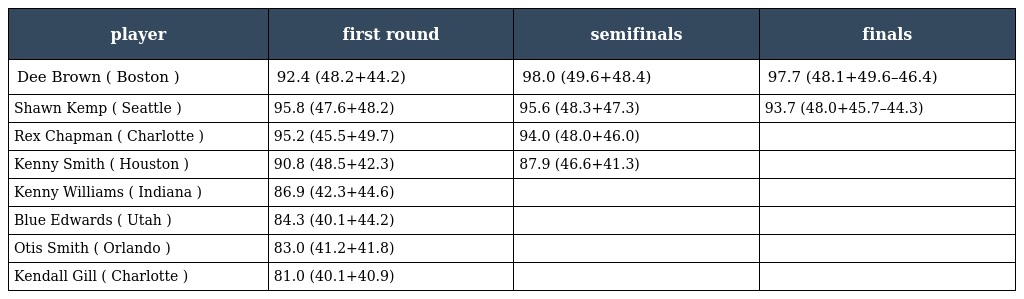
| player | first round | semifinals | finals |
 | --- | --- | --- | --- |
 | Dee Brown ( Boston ) | 92.4 (48.2+44.2) | 98.0 (49.6+48.4) | 97.7 (48.1+49.6–46.4) |
 | Shawn Kemp ( Seattle ) | 95.8 (47.6+48.2) | 95.6 (48.3+47.3) | 93.7 (48.0+45.7–44.3) |
 | Rex Chapman ( Charlotte ) | 95.2 (45.5+49.7) | 94.0 (48.0+46.0) |  |
 | Kenny Smith ( Houston ) | 90.8 (48.5+42.3) | 87.9 (46.6+41.3) |  |
 | Kenny Williams ( Indiana ) | 86.9 (42.3+44.6) |  |  |
 | Blue Edwards ( Utah ) | 84.3 (40.1+44.2) |  |  |
 | Otis Smith ( Orlando ) | 83.0 (41.2+41.8) |  |  |
 | Kendall Gill ( Charlotte ) | 81.0 (40.1+40.9) |  |  |